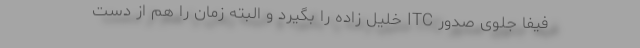
فیفا جلوی صدور ‌‌‌‌‌ITC خلیل زاده را بگیرد و البته زمان را هم از دست